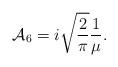
LaTeX: \begin{align*}{\cal A}_6= i\sqrt{\frac{2}{\pi}}\frac{1}{\mu}.\end{align*}